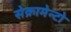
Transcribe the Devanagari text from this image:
सेक्रामेन्टो